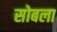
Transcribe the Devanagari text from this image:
सोबला